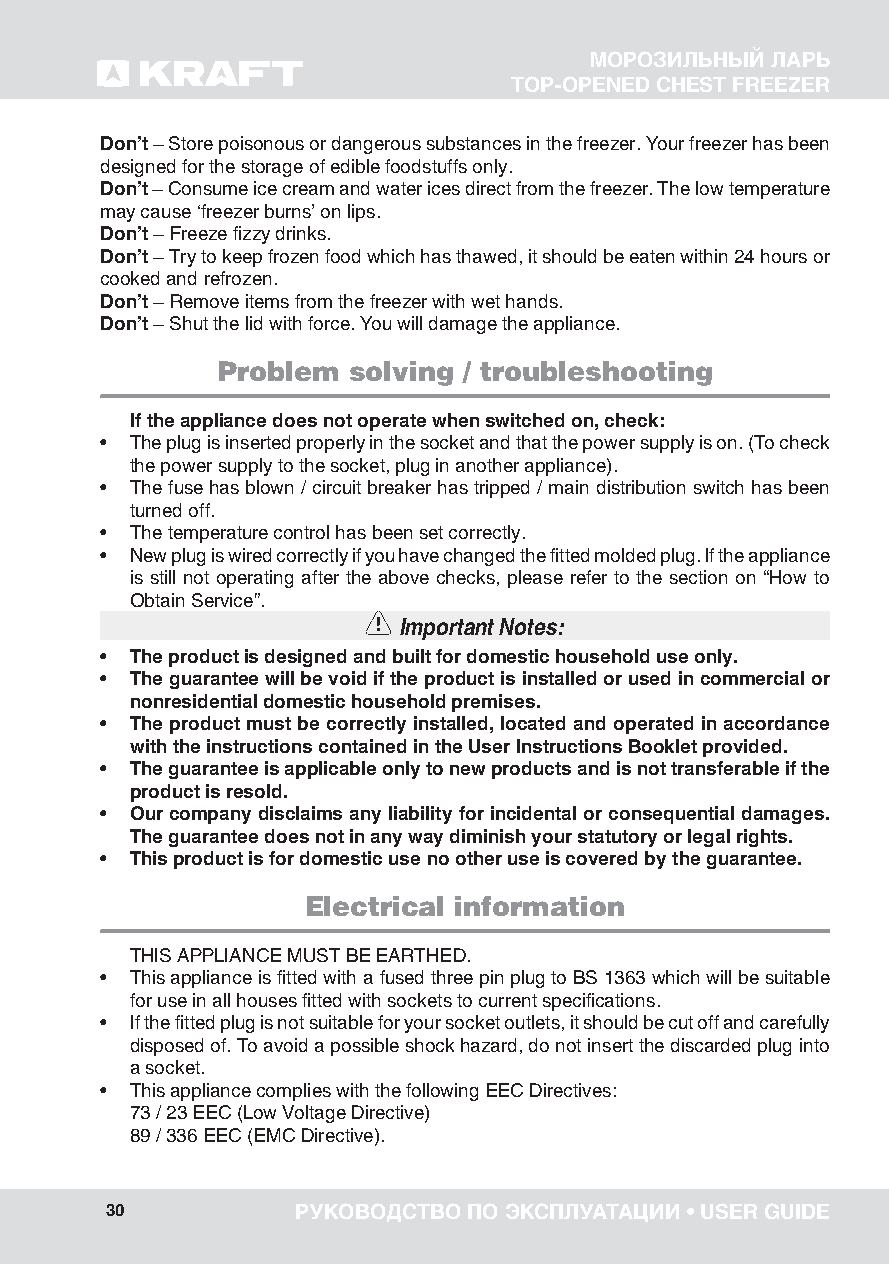
МОРОЗИЛЬНЫЙ ЛАРЬ
 TOP-OPENED CHEST FREEZER
 Don’t – Store poisonous or dangerous substances in the freezer. Your freezer has been
 designed for the storage of edible foodstuffs only.
 Don’t – Consume ice cream and water ices direct from the freezer. The low temperature
 may cause ‘freezer burns’ on lips.
 Don’t – Freeze fizzy drinks.
 Don’t – Try to keep frozen food which has thawed, it should be eaten within 24 hours or
 cooked and refrozen.
 Don’t – Remove items from the freezer with wet hands.
 Don’t – Shut the lid with force. You will damage the appliance.
 Problem  solving / troubleshooting
 If the appliance does not operate when switched on, check:
 • The plug is inserted properly in the socket and that the power supply is on. (To check
 the power supply to the socket, plug in another appliance).
 • The fuse has blown / circuit breaker has tripped / main distribution switch has been
 turned off.
 • The temperature control has been set correctly.
 • New plug is wired correctly if you have changed the fitted molded plug. If the appliance
 is still not operating after the above checks, please refer to the section on “How to
 Obtain Service”.
 Important Notes:
 • The product is designed and built for domestic household use only.
 • The guarantee will be void if the product is installed or used in commercial or
 nonresidential domestic household premises.
 • The product must be correctly installed, located and operated in accordance
 with the instructions contained in the User Instructions Booklet provided.
 • The guarantee is applicable only to new products and is not transferable if the
 product is resold.
 • Our company disclaims any liability for incidental or consequential damages.
 The guarantee does not in any way diminish your statutory or legal rights.
 • This product is for domestic use no other use is covered by the guarantee.
 Electrical information
 THIS APPLIANCE MUST BE EARTHED.
 • This appliance is fitted with a fused three pin plug to BS 1363 which will be suitable
 for use in all houses fitted with sockets to current specifications.
 • If the fitted plug is not suitable for your socket outlets, it should be cut off and carefully
 disposed of. To avoid a possible shock hazard, do not insert the discarded plug into
 a socket.
 • This appliance complies with the following EEC Directives:
 73 / 23 EEC (Low Voltage Directive)
 89 / 336 EEC (EMC Directive).
 30           РУКОВОДСТВО ПО ЭКСПЛУАТАЦИИ • USER GUIDE